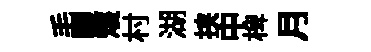
毛驆矱村湖挟中椑月